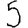
Digit: 5